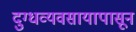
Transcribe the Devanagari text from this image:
दुग्धव्यवसायापासून